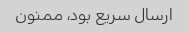
ارسال سریع بود، ممنون